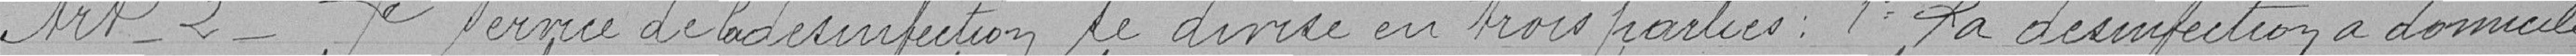
Art.2 - Le service de désinfection se divise en trois parties : 1° La désinfection a domicile